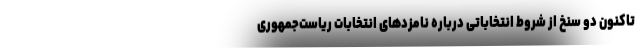
تاکنون دو سنخ از شروط انتخاباتی درباره نامزدهای انتخابات ریاست‌جمهوری